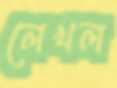
লেখল